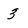
Character: 3